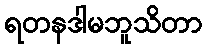
ရတနဒါမဘူသိတာ